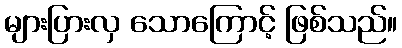
များပြားလှ သောကြောင့် ဖြစ်သည်။